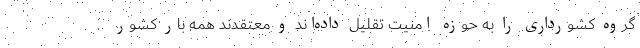
گروه کشورداری را به حوزه امنیت تقلیل داده‌اند و معتقدند همه بار کشور